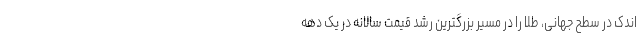
اندک در سطح جهانی، طلا را در مسیر بزرگترین رشد قیمت سالانه در یک دهه